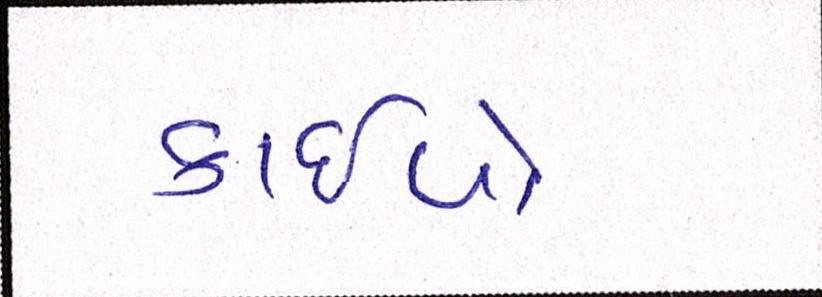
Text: કાઇપો